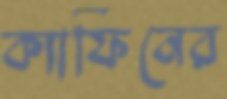
ক্যাফিনের